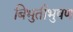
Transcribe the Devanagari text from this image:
बिभुतीभुषण